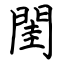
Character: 閨